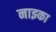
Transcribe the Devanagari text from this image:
नाझ्का